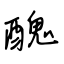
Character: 醜